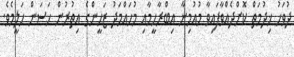
ދުވަހު ޚިދުމަތް ކޮށްދެއްވާފައިވާ މުއުމިނާ އިބްރާހީމާއި މުހައްމަދު ޒަހީންގެ އިތުރުން ހަސަން ހަލީމެވެ.